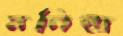
মনিন্দ্র